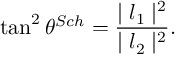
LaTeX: \tan ^ { 2 } { \theta ^ { S c h } } = \frac { \mid { l _ { 1 } } \mid ^ { 2 } } { \mid { l _ { 2 } } \mid ^ { 2 } } .